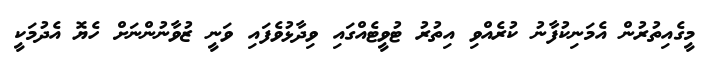
މީގެއިތުރުން އެމަނިކުފާނު ކުރެއްވި އިތުރު ޓުވީޓެއްގައި ވިދާޅުވެފައި ވަނީ ޒުވާނުންނަށް ހެޔޮ އެދުމަކީ